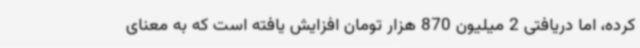
کرده، اما دریافتی 2 میلیون 870 هزار تومان افزایش یافته است که به معنای